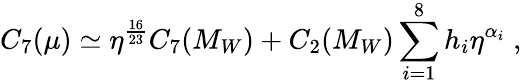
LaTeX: C_{7}(\mu)\simeq\eta^{\frac{16}{23}}C_{7}(M_{W})+C_{2}(M_{W})\sum_{i=1}^{8}h_{i}\eta^{\alpha_{i}}\; ,